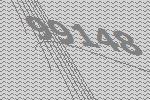
99148